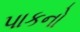
પાકનો